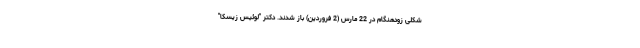
شکلی زودهنگام در 22 مارس (2 فروردین) باز شدند. دکتر "لوئیس زیسکا"